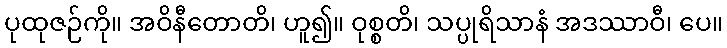
ပုထုဇဉ်ကို။ အဝိနီတောတိ၊ ဟူ၍။ ဝုစ္စတိ၊ သပ္ပုရိသာနံ အဒဿာဝီ၊ ပေ။